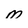
Character: m